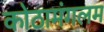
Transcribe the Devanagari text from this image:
कोठामंगलम